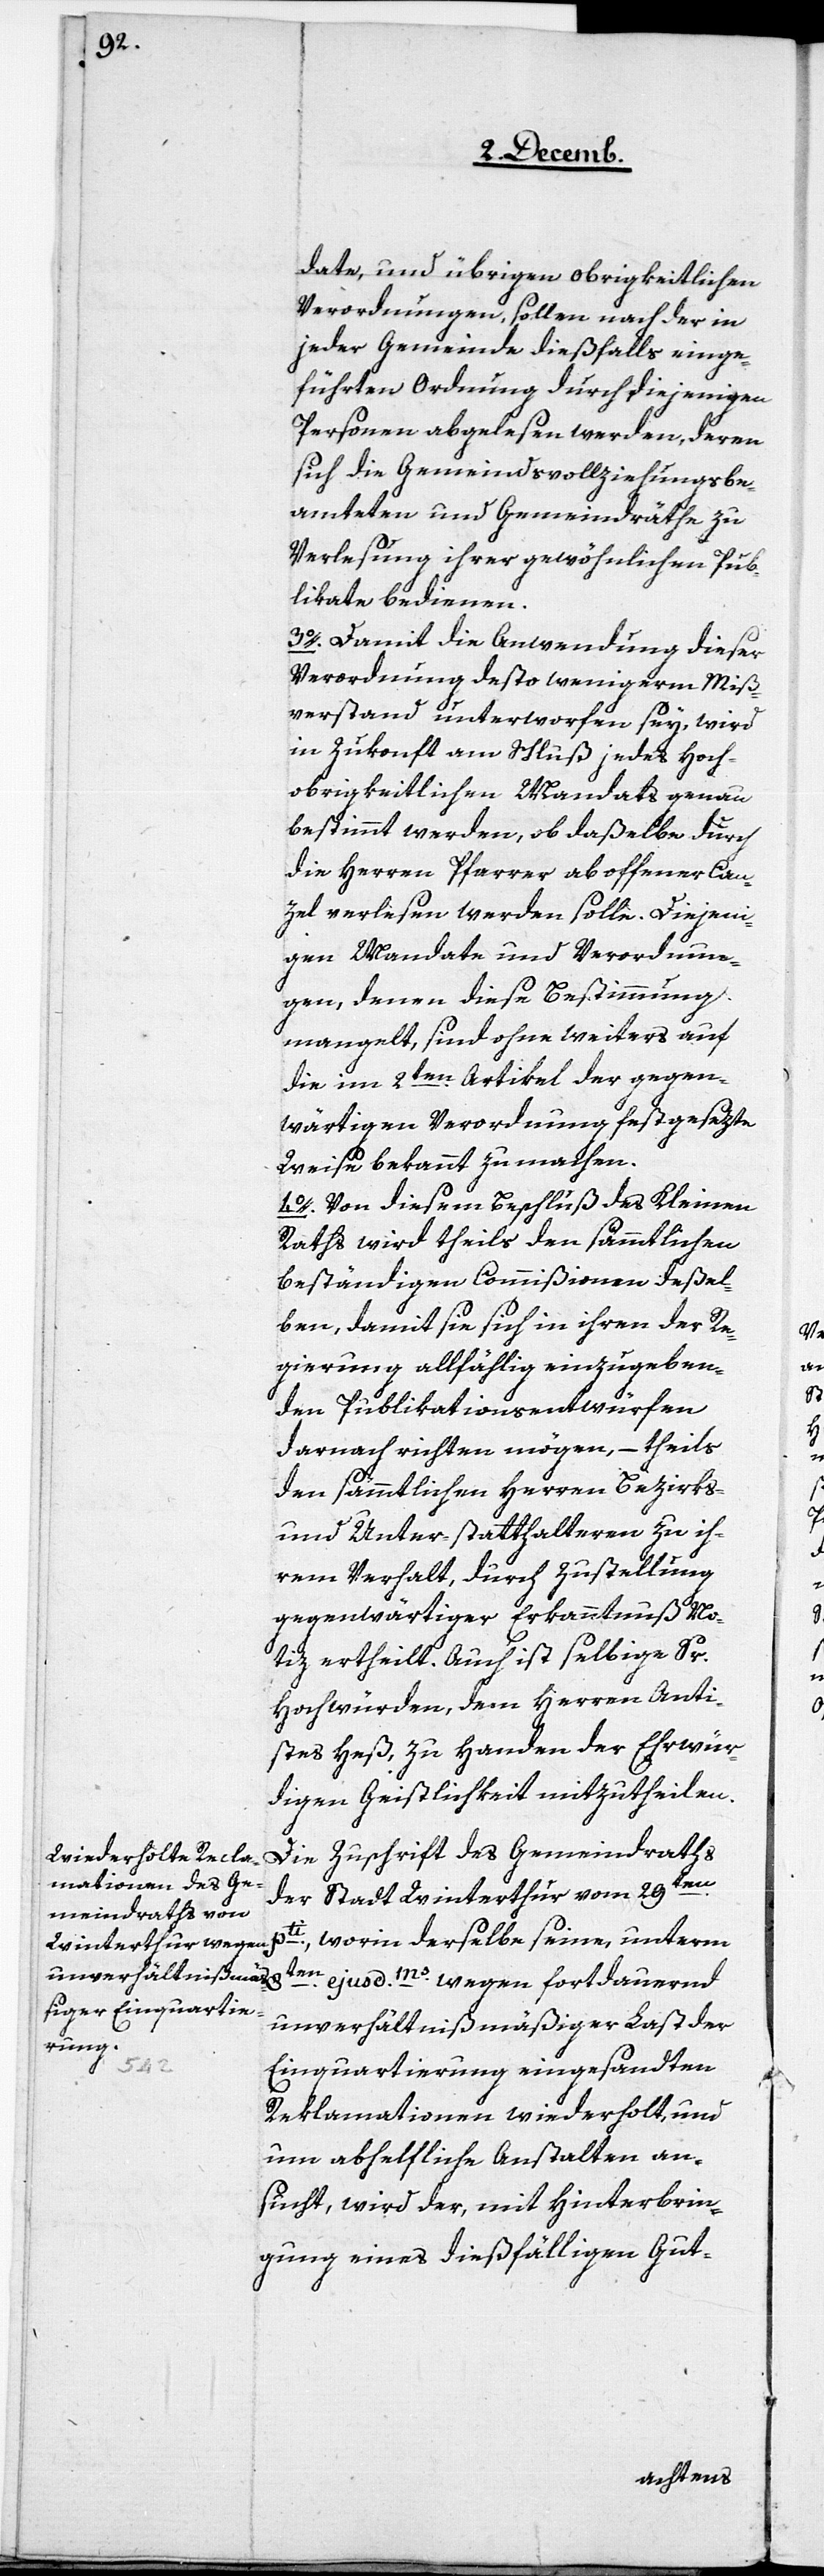
date, und übrigen obrigkeitlichen
Verordnungen, sollen nach der in
jeder Gemeinde dießfalls einge¬
führten Ordnung durch diejenigen
Personen abgelesen werden, deren
sich die Gemeindsvollziehungsbe¬
amteten und Gemeindräthe zu
Verlesung ihrer gewöhnlichen Pub¬
likata bedienen.
3. Damit die Anwendung dieser
Verordnung desto wenigerm Miß¬
verstand unterworfen sey, wird
in Zukonft am Schluß jedes Hoch¬
obrigkeitlichen Mandats genau
bestimmt werden, ob daßelbe durch
die Herren Pfarrer ab offener Can¬
zel verlesen werden solle. Diejeni¬
gen Mandate und Verordnun¬
gen, denen diese Bestimmung
mangelt, sind ohne weiters auf
die im 2ten. Artikel der gegen¬
wärtigen Verordnung festgesezte
Weise bekannt zu machen.
4. Von diesem Beschluß des Kleinen
Raths wird theils den sämmtlichen
beständigen Commißionen deßel¬
ben, damit sie sich in ihren der Re¬
gierung allfählig einzugeben¬
den Publikationsentwürfen
darnach richten mögen, – theils
den sämmtlichen Herren Bezirks-
und Unter-statthalteren zu ih¬
rem Verhalt, durch Zustellung
gegenwärtiger Erkanntnuß No¬
tiz ertheilt. Auch ist selbige Sr.
Hochwürden, dem Herren Anti¬
stes Heß, zu Handen der Ehrwür¬
digen Geistlichkeit mitzutheilen.
Die Zuschrift des Gemeindraths
der Stadt Winterthur vom 29ten.
pti, worin derselbe seine, unterm
8ten. ejusd.ms wegen fortdauernd
unverhältnißmäßiger Last der
Einquartierung eingesandten
Reklamationen wiederholt, und
um abhelfliche Anstalten an¬
sucht, wird der, mit Hinterbrin¬
gung eines dießfälligen Gut-